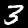
Label: 3